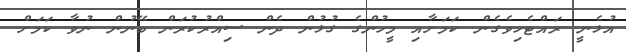
އުޅެނީ ރައްޓެހިވެގެން ކަމަށާއި މީހުންގެ ގުޅުން ދެން ސިއްރުކުރަން ބޭނުން ނުވާ ކަމަށް